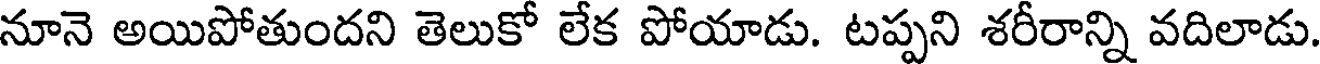
నూనె అయిపోతుందని తెలుకో లేక పోయాడు. టప్పని శరీరాన్ని వదిలాడు.